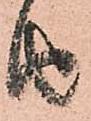
由